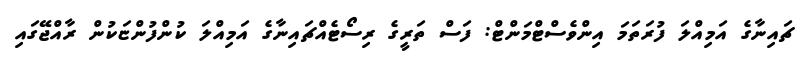
ޗައިނާގެ އަމިއްލަ ފުރަތަމަ އިންވެސްޓްމަންޓް: ފަސް ތަރީގެ ރިސޯޓެއްޗައިނާގެ އަމިއްލަ ކުންފުންޏަކުން ރާއްޖޭގައި